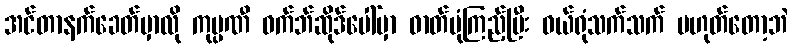
အင်တာနက်ခေတ်မှာလို ကုမ္ပဏီ ဝက်ဘ်ဆိုဒ်ပေါ်မှာ ဓာတ်ပုံကြည့်ပြီး ဝယ်ရုံသက်သက် မဟုတ်တော့ဘဲ